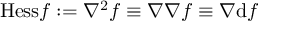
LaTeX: { \mathrm { H e s s } } f : = \nabla ^ { 2 } f \equiv \nabla \nabla f \equiv \nabla \mathrm { d } f